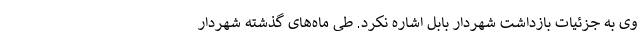
وی به جزئیات بازداشت شهردار بابل اشاره نکرد. طی‌ ماه‌های گذشته شهردار